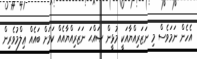
އެހެން ނަމަވެސް މި ނަޒަރިއްޔާއަކީ މުޅީން ޞައްޙަ ނަޒަރިއްޔާއެއް ކަމަށް ބައެއް ޢިލްމުވެރިން